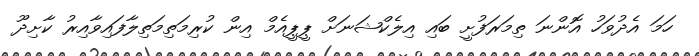
ހަމަ އެދުވަހު އޮންނަ ތިމަރަފުށީ ބައި އިލެކްޝަނަށް ޕީޕީއެމް އިން ކުރިމަތިމަތިލާފައިވާއިރު ކާށިދޫ